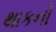
થાકનો